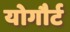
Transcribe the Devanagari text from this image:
योगौर्ट